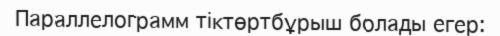
Параллелограмм тіктөртбұрыш болады егер: